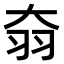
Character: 𦏷